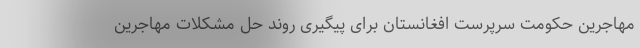
مهاجرین حکومت سرپرست افغانستان برای پیگیری روند حل مشکلات مهاجرین